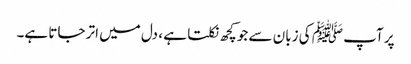
پر آپ ﷺ کی زبان سے جو کچھ نکلتا ہے ، دل میں اتر جاتا ہے۔